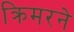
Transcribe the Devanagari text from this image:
क्रिमरने